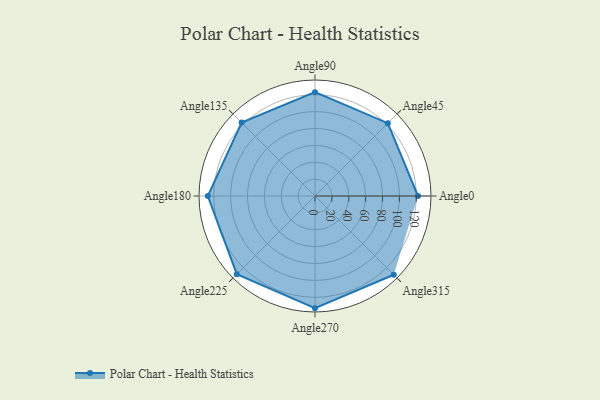
{"axis": {"x": "Angle", "y": "Radius"}, "legend": [""], "data": [{"x": "Angle0", "y": 122.0, "type": ""}, {"x": "Angle45", "y": 122.0, "type": ""}, {"x": "Angle90", "y": 123.0, "type": ""}, {"x": "Angle135", "y": 123.0, "type": ""}, {"x": "Angle180", "y": 127.0, "type": ""}, {"x": "Angle225", "y": 131.0, "type": ""}, {"x": "Angle270", "y": 133.0, "type": ""}, {"x": "Angle315", "y": 132.0, "type": ""}]}